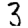
Digit: 3